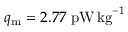
q _ { \mathrm { m } } = 2 . 7 7 \; \mathrm { p W } \, \mathrm { k g } ^ { - 1 }